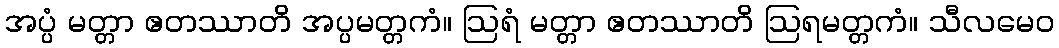
အပ္ပံ မတ္တာ ဧတဿာတိ အပ္ပမတ္တကံ။ ဩရံ မတ္တာ ဧတဿာတိ ဩရမတ္တကံ။ သီလမေဝ